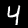
Label: 4